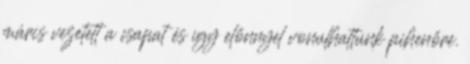
máris vezetett a csapat és így előnnyel vonulhattunk pihenőre.